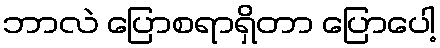
ဘာလဲ ပြောစရာရှိတာ ပြောပေါ့